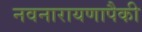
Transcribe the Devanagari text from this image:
नवनारायणापैकी